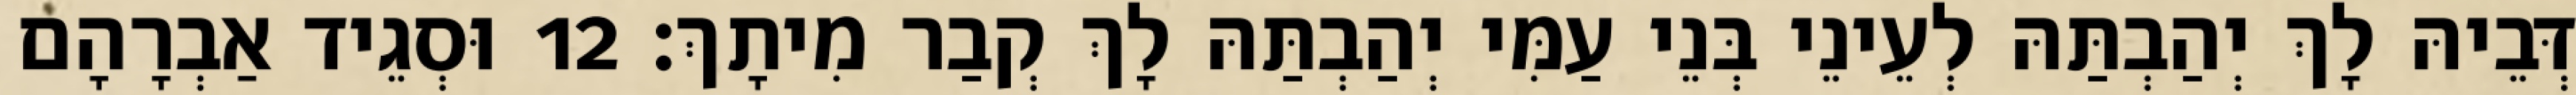
דְּבֵיהּ לָךְ יְהַבְתַּהּ לְעֵינֵי בְּנֵי עַמִּי יְהַבְתַּהּ לָךְ קְבַר מִיתָךְ׃ 12 וּסְגֵיד אַבְרָהָם